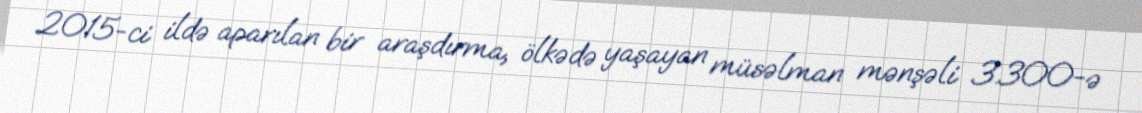
2015-ci ildə aparılan bir araşdırma, ölkədə yaşayan müsəlman mənşəli 3.300-ə